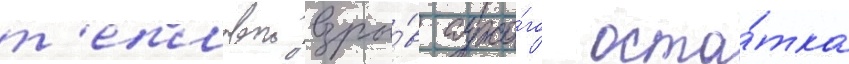
т'епловои взры́в сухо́го оста́тка